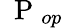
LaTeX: \mathrm{~\mathbf~P~}_{op}